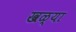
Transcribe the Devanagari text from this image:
खळ्या